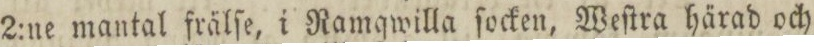
2:ne mantal frälſe, i Ramqwilla ſocken, Weſtra härad och